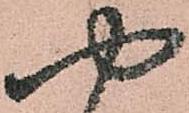
や